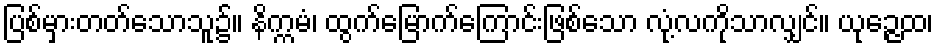
ပြစ်မှားတတ်သောသူ၌။ နိက္ကမံ၊ ထွက်မြောက်ကြောင်းဖြစ်သော လုံ့လကိုသာလျှင်။ ယုဉ္ဇေထ၊